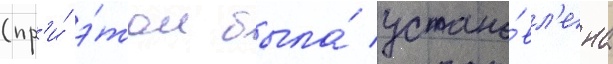
(пр'и́ э́том была́ устано́вл'ена